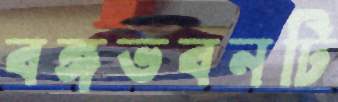
বঙ্গভবনটি